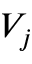
V _ { j }